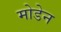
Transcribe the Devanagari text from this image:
मोडेन